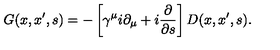
G ( x , x ^ { \prime } , s ) = - \left[ \gamma ^ { \mu } i \partial _ { \mu } + i \frac \partial { \partial s } \right] D ( x , x ^ { \prime } , s ) .